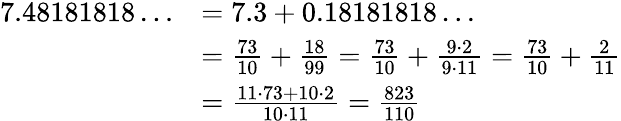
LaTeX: {\begin{array}{rl}{7.48181818\ldots}&{=7.3+0.18181818\ldots}\\ &{={\frac{73}{10}}+{\frac{18}{99}}={\frac{73}{10}}+{\frac{9\cdot 2}{9\cdot 11}}={\frac{73}{10}}+{\frac{2}{11}}}\\ &{={\frac{11\cdot 73+10\cdot 2}{10\cdot 11}}={\frac{823}{110}}}\end{array}}